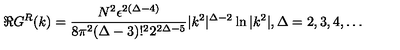
\Re G ^ { R } ( k ) = { \frac { N ^ { 2 } \epsilon ^ { 2 ( \Delta - 4 ) } } { 8 \pi ^ { 2 } ( \Delta - 3 ) ! ^ { 2 } 2 ^ { 2 \Delta - 5 } } } | k ^ { 2 } | ^ { \Delta - 2 } \ln { | k ^ { 2 } | } , \Delta = 2 , 3 , 4 , \ldots